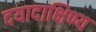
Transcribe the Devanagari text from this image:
दयादाक्षिण्य